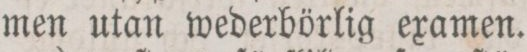
men utan wederbörlig examen.